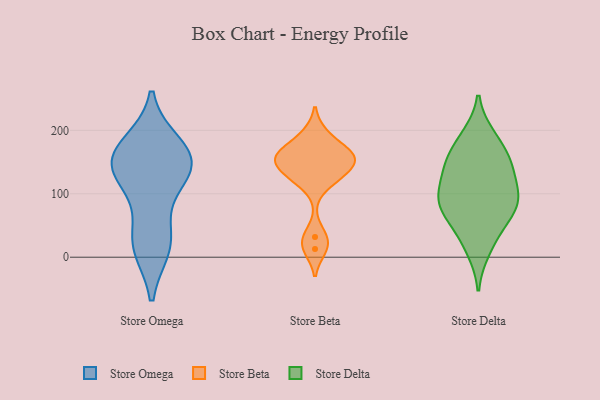
{"axis": {"x": "Market Share (%)", "y": "Value"}, "legend": ["Store Beta", "Store Delta", "Store Omega"], "data": [{"x": "", "y": 147, "type": "Store Omega"}, {"x": "", "y": 165, "type": "Store Omega"}, {"x": "", "y": 17, "type": "Store Omega"}, {"x": "", "y": 131, "type": "Store Omega"}, {"x": "", "y": 177, "type": "Store Omega"}, {"x": "", "y": 39, "type": "Store Omega"}, {"x": "", "y": 119, "type": "Store Omega"}, {"x": "", "y": 162, "type": "Store Omega"}, {"x": "", "y": 16, "type": "Store Omega"}, {"x": "", "y": 142, "type": "Store Omega"}, {"x": "", "y": 194, "type": "Store Beta"}, {"x": "", "y": 32, "type": "Store Beta"}, {"x": "", "y": 164, "type": "Store Beta"}, {"x": "", "y": 154, "type": "Store Beta"}, {"x": "", "y": 163, "type": "Store Beta"}, {"x": "", "y": 13, "type": "Store Beta"}, {"x": "", "y": 130, "type": "Store Beta"}, {"x": "", "y": 141, "type": "Store Beta"}, {"x": "", "y": 120, "type": "Store Beta"}, {"x": "", "y": 161, "type": "Store Beta"}, {"x": "", "y": 83, "type": "Store Delta"}, {"x": "", "y": 190, "type": "Store Delta"}, {"x": "", "y": 102, "type": "Store Delta"}, {"x": "", "y": 149, "type": "Store Delta"}, {"x": "", "y": 142, "type": "Store Delta"}, {"x": "", "y": 85, "type": "Store Delta"}, {"x": "", "y": 64, "type": "Store Delta"}, {"x": "", "y": 185, "type": "Store Delta"}, {"x": "", "y": 96, "type": "Store Delta"}, {"x": "", "y": 68, "type": "Store Delta"}, {"x": "", "y": 32, "type": "Store Delta"}, {"x": "", "y": 150, "type": "Store Delta"}, {"x": "", "y": 12, "type": "Store Delta"}, {"x": "", "y": 144, "type": "Store Delta"}, {"x": "", "y": 101, "type": "Store Delta"}]}